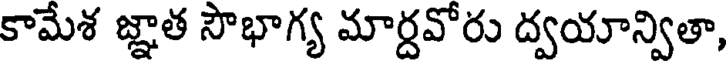
కామేశ జ్ఞాత సౌభాగ్య మార్దవోరు ద్వయాన్వితా,